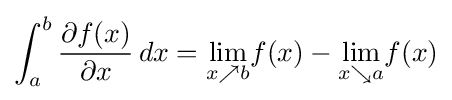
\int _{a}^{b}{\frac {\partial f(x)}{\partial x}}\,dx={\underset {x\nearrow b}{\lim }}f(x)-{\underset {x\searrow a}{\lim }}f(x)